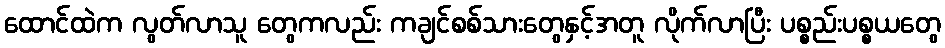
ထောင်ထဲက လွတ်လာသူ တွေကလည်း ကချင်စစ်သားတွေနှင့်အတူ လိုက်လာပြီး ပစ္စည်းပစ္စယတွေ